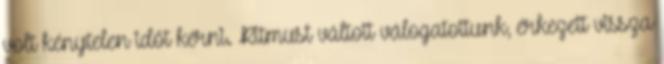
volt kénytelen időt kérni. Ritmust váltott válogatottunk, érkezett vissza